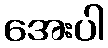
အေးပါ